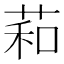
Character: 萂